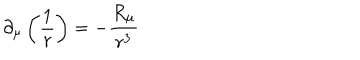
\partial _ { \mu } \left( \frac 1 r \right) = - \frac { R _ { \mu } } { r ^ { 3 } }